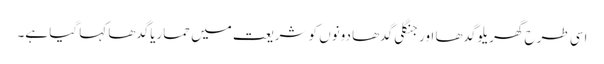
اسی طرح گھریلو گدھا اور جنگلی گدھا دونوں کو شریعت میں حماریاگدھا کہا گیا ہے۔